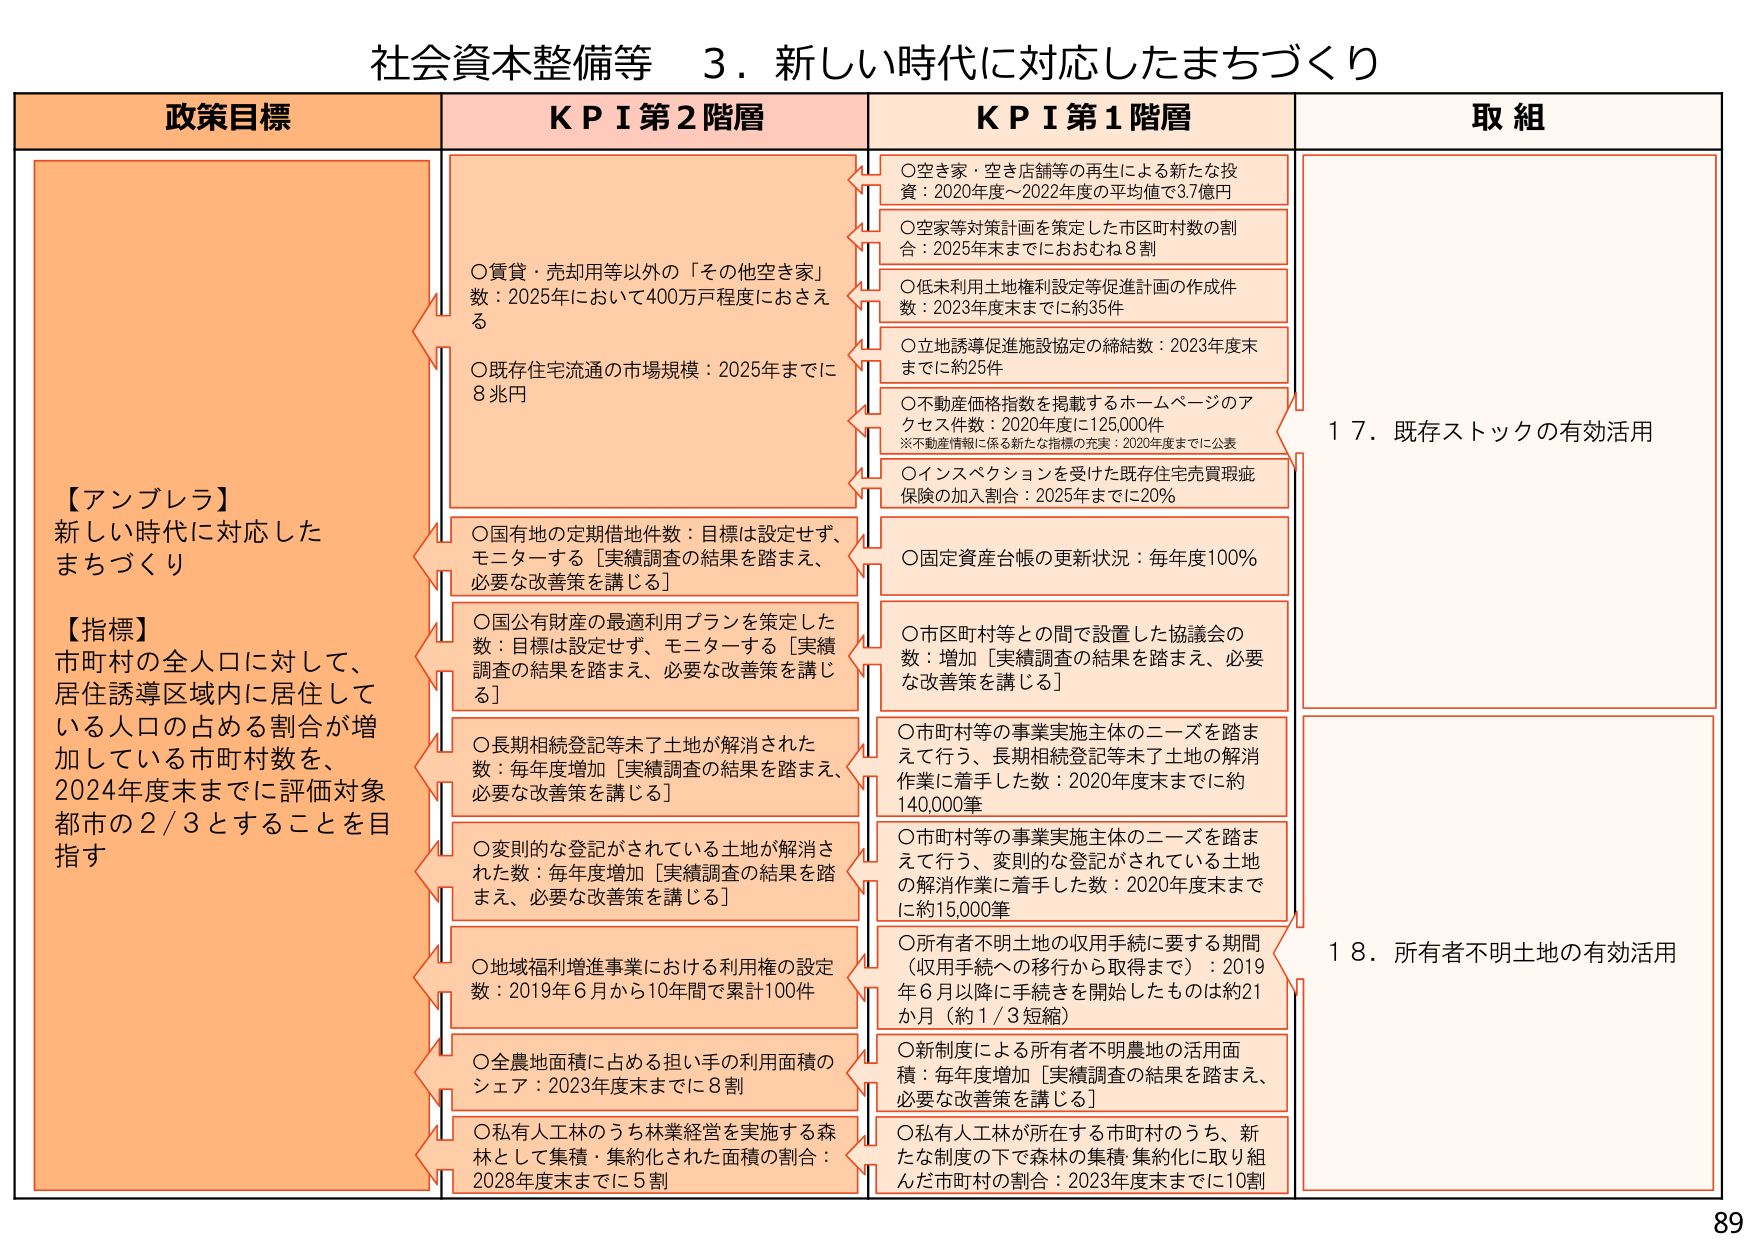
社会資本整備等　３．新しい時代に対応したまちづくり

政策目標

【アンブレラ】
新しい時代に対応した
まちづくり

【指標】
市町村の全人口に対して、
居住誘導区域内に居住して
いる人口の占める割合が増
加している市町村数を、
2024年度末までに評価対象
都市の２／３とすることを目
指す

KPI 第2階層

○賃貸・売却用等以外の「その他空き家」
数：2025年において400万戸程度におさえ
る

○既存住宅流通の市場規模：2025年までに
8兆円

○国有地の定期借地件数：目標は設定せず、
モニターする［実績調査の結果を踏まえ、
必要な改善策を講じる］

○国公有財産の最適利用プランを策定した
数：目標は設定せず、モニターする［実績
調査の結果を踏まえ、必要な改善策を講じ
る］

○長期相続登記等未了土地が解消された
数：毎年度増加［実績調査の結果を踏まえ、
必要な改善策を講じる］

○変則的な登記がされている土地が解消さ
れた数：毎年度増加［実績調査の結果を踏
まえ、必要な改善策を講じる］

○地域福利増進事業における利用権の設定
数：2019年６月から10年間で累計100件

○全農地面積に占める担い手の利用面積の
シェア：2023年度末までに8割

○私有人工林のうち林業経営を実施する森
林として集積・集約化された面積の割合：
2028年度末までに5割

KPI 第1階層

○空き家・空き店舗等の再生による新たな投
資：2020年度～2022年度の平均値で3.7億円

○空家等対策計画を策定した市区町村数の割
合：2025年末までにおおむね8割

○低未利用土地権利設定等促進計画の作成件
数：2023年度末までに約35件

○立地誘導促進施設協定の締結数：2023年度末
までに約25件

○不動産価格指数を掲載するホームページのア
クセス件数：2020年度に125,000件
※不動産情報に係る新たな指標の充実：2020年度までに公表

○インスペクションを受けた既存住宅売買瑕疵
保険の加入割合：2025年までに20％

○固定資産台帳の更新状況：毎年度100％

○市区町村等との間で設置した協議会の
数：増加［実績調査の結果を踏まえ、必要
な改善策を講じる］

○市町村等の事業実施主体のニーズを踏ま
えて行う、長期相続登記等未了土地の解消
作業に着手した数：2020年度末までに約
140,000筆

○市町村等の事業実施主体のニーズを踏ま
えて行う、変則的な登記がされている土地
の解消作業に着手した数：2020年度末まで
に約15,000筆

○所有者不明土地の収用手続に要する期間
（収用手続への移行から取得まで）：2019
年６月以降に手続きを開始したものは約21
か月（約１／３短縮）

○新制度による所有者不明農地の活用面
積：毎年度増加［実績調査の結果を踏まえ、
必要な改善策を講じる］

○私有人工林が所在する市町村のうち、新
たな制度の下で森林の集積・集約化に取り組
んだ市町村の割合：2023年度末までに10割

取組

１７．既存ストックの有効活用

１８．所有者不明土地の有効活用

89